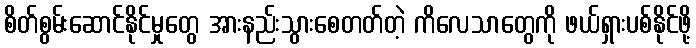
စိတ်စွမ်းဆောင်နိုင်မှုတွေ အားနည်းသွားစေတတ်တဲ့ ကိလေသာတွေကို ဖယ်ရှားပစ်နိုင်ဖို့